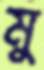
মু